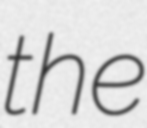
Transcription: the